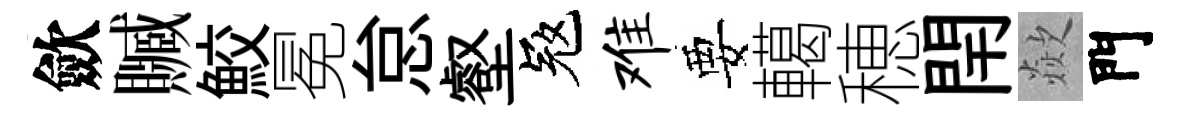
歛贓鮫冕怠壑冦难要轕穂閈歘門